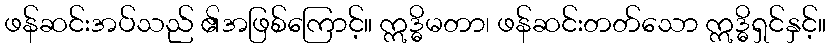
ဖန်ဆင်းအပ်သည် ၏အဖြစ်ကြောင့်။ ဣဒ္ဓိမတာ၊ ဖန်ဆင်းတတ်သော ဣဒ္ဓိရှင်နှင့်။